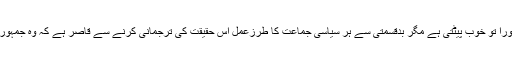
ہر سیاسی جماعت جمہوریت کا ڈھنڈورا تو خوب پیٹتی ہے مگر بدقسمتی سے ہر سیاسی جماعت کا طرزعمل اس حقیقت کی ترجمانی کرنے سے قاصر ہے کہ وہ جمہوریت کے اصل راستے پر گامزن ہے۔